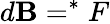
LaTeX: d\mathbf{B}=^{*}F